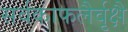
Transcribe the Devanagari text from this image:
सर्वकाफलैर्वृक्षै